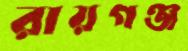
রায়গঞ্জ